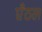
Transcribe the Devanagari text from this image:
एँठल